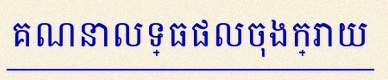
គណនាលទ្ធផលចុងក្រោយ